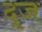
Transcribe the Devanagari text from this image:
द्ज